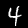
Digit: 4